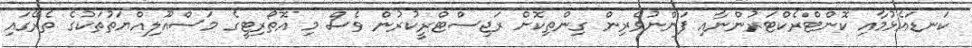
ކަނޑައެޅުމާއި ކޮންޓްރެކްޓަރުންނާއި ފަންނުވެރިން ގިންތިކޮށް ރަޖިސްޓްރީކުރުން ވެސް މި އޮތޯރިޓީގެ މަސްއޫލިއްޔަތުތަކުގެ ތެރޭގައި